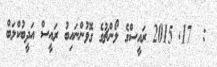
:  17